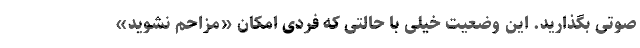
صوتی بگذارید. این وضعیت خیلی با حالتی که فردی امکان «مزاحم نشوید»